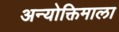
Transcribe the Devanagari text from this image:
अन्योक्तिमाला